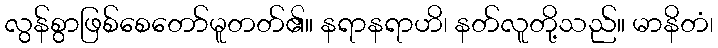
လွန်စွာဖြစ်စေတော်မူတတ်၏။ နရာနရာဟိ၊ နတ်လူတို့သည်။ မာနိတံ၊